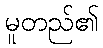
မူတည်၏